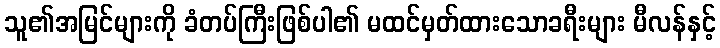
သူ၏အမြင်များကို ခံတပ်ကြီးဖြစ်ပါ၏ မထင်မှတ်ထားသောခရီးများ မီလန်နှင့်